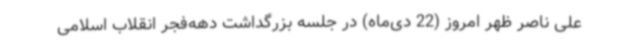
علی ناصر ظهر امروز (22 دی‌ماه) در جلسه بزرگداشت دهه‌فجر انقلاب اسلامی